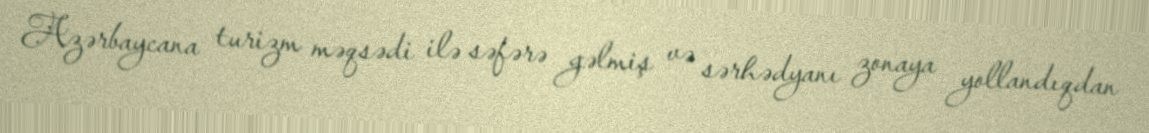
Azərbaycana turizm məqsədi ilə səfərə gəlmiş və sərhədyanı zonaya yollandıqdan